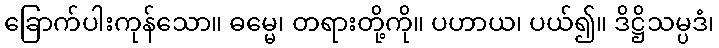
ခြောက်ပါးကုန်သော။ ဓမ္မေ၊ တရားတို့ကို။ ပဟာယ၊ ပယ်၍။ ဒိဋ္ဌိသမ္ပဒံ၊